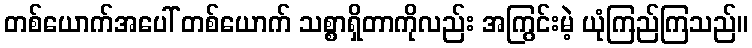
တစ်ယောက်အပေါ် တစ်ယောက် သစ္စာရှိတာကိုလည်း အကြွင်းမဲ့ ယုံကြည်ကြသည်။